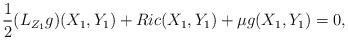
LaTeX: \begin{align*} \frac{1}{2} (L_{Z_1} g)(X_1,Y_1) + Ric (X_1,Y_1) + \mu g(X_1,Y_1) = 0,\end{align*}